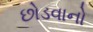
છોડવાનો